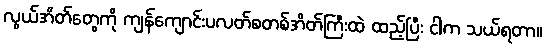
လွယ်အိတ်တွေကို ကျန်ကျောင်းပလတ်စတစ်အိတ်ကြီးထဲ ထည့်ပြီး ငါက သယ်ရတာ။